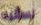
تسأليه